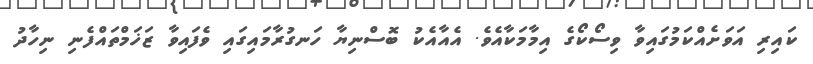
ކައިރި އަވަށެއްކަމުގައިވާ ވިސޯކޯގެ އިމާމަކާއެވެ. އެއާއެކު ބޮސްނިޔާ ހަނގުރާމައިގައި ވެފައިވާ ޒަޚަމްތައްފެނި ނިހާދު